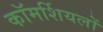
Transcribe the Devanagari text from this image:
कॉमर्शियलों